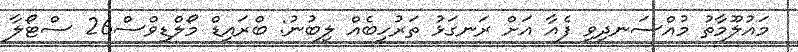
މައުލޫމާތު މުއްސަނދިވި ފެއާ އަށް ރަނގަޅު ތަރުހީބެއް ލިބުނު: ބްރައިޑް މޯލްޑިވްސް26 ސްޓޯލާ